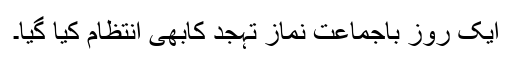
ایک روز باجماعت نماز تہجد کابھی انتظام کیا گیا۔